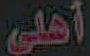
أهلي